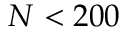
N < 2 0 0